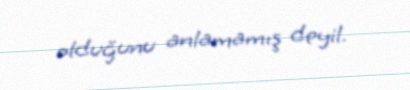
olduğunu anlamamış deyil.